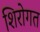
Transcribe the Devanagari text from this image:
शिरोगत